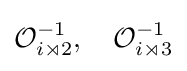
{\mathcal {O}}_{i\rtimes 2}^{-1},\quad {\mathcal {O}}_{i\rtimes 3}^{-1}